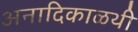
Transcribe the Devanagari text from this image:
अनादिकाळथी